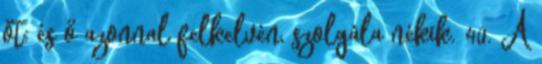
őt; és ő azonnal felkelvén, szolgála nékik. 40. A